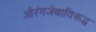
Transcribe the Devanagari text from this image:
औरंगजेबाविरूद्ध